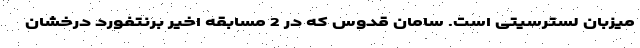
میزبان لسترسیتی است. سامان قدوس که در 2 مسابقه اخیر برنتفورد درخشان